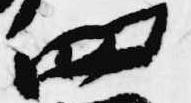
四